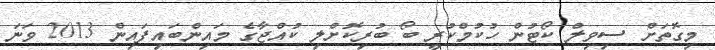
މިގޮތަށް ސިވިލް ކޯޓުން ހުކުމްކުރީ ބޯ ބުރިކޮށްލި ކުއްޖާގެ މައިންބައިފައިން 2013 ވަނަ